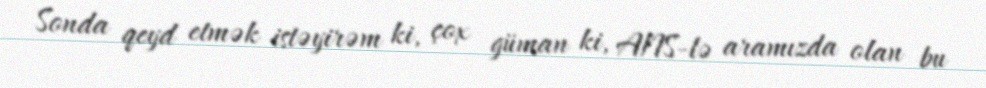
Sonda qeyd etmək istəyirəm ki, çox güman ki, ANS-lə aramızda olan bu